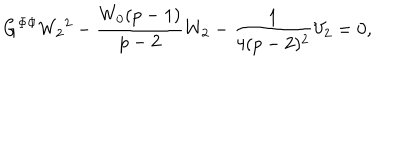
G ^ { \Phi \Phi } { W _ { 2 } } ^ { 2 } - \frac { W _ { 0 } ( p - 1 ) } { p - 2 } W _ { 2 } - \frac { 1 } { 4 ( p - 2 ) ^ { 2 } } V _ { 2 } = 0 ,